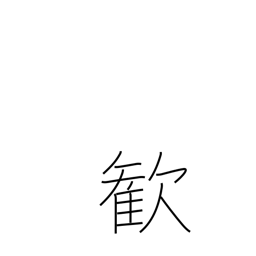
Meaning: delight